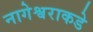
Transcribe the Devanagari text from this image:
नागेश्वराकडे